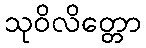
သုဝိလိတ္တော